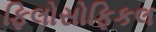
ફિલોસોફિકલ